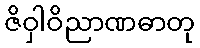
ဇိဝှါဝိညာဏဓာတု